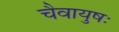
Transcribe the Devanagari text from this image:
चैवायुषः